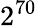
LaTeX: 2^{70}